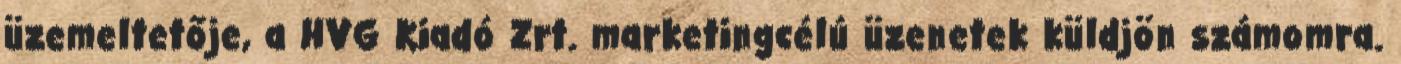
üzemeltetője, a HVG Kiadó Zrt. marketingcélú üzenetek küldjön számomra.